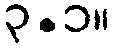
၃.၁။